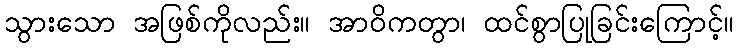
သွားသော အဖြစ်ကိုလည်း။ အာဝိကတွာ၊ ထင်စွာပြုခြင်းကြောင့်။